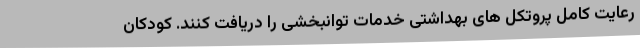
رعایت کامل پروتکل های بهداشتی خدمات توانبخشی را دریافت کنند. کودکان